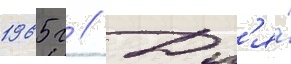
1965 г // Дл'я́